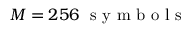
M = 2 5 6 ~ \mathrm { ~ s ~ y ~ m ~ b ~ o ~ l ~ s ~ }